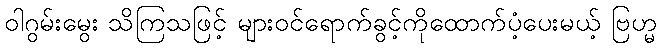
ဝါဂွမ်းမွေး သိကြသဖြင့် များဝင်ရောက်ခွင့်ကိုထောက်ပံ့ပေးမယ့် ဗြဟ္မ